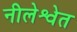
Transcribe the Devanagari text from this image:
नीलेश्वेत